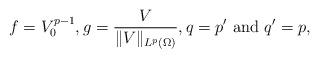
LaTeX: \begin{align*}f=V_0^{p-1},g=\frac{V}{\|V\|_{L^p(\Omega)}},q=p'\mbox{ and }q'=p, \end{align*}